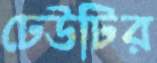
ঢেউটির